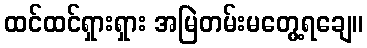
ထင်ထင်ရှားရှား အမြဲတမ်းမတွေ့ရချေ။